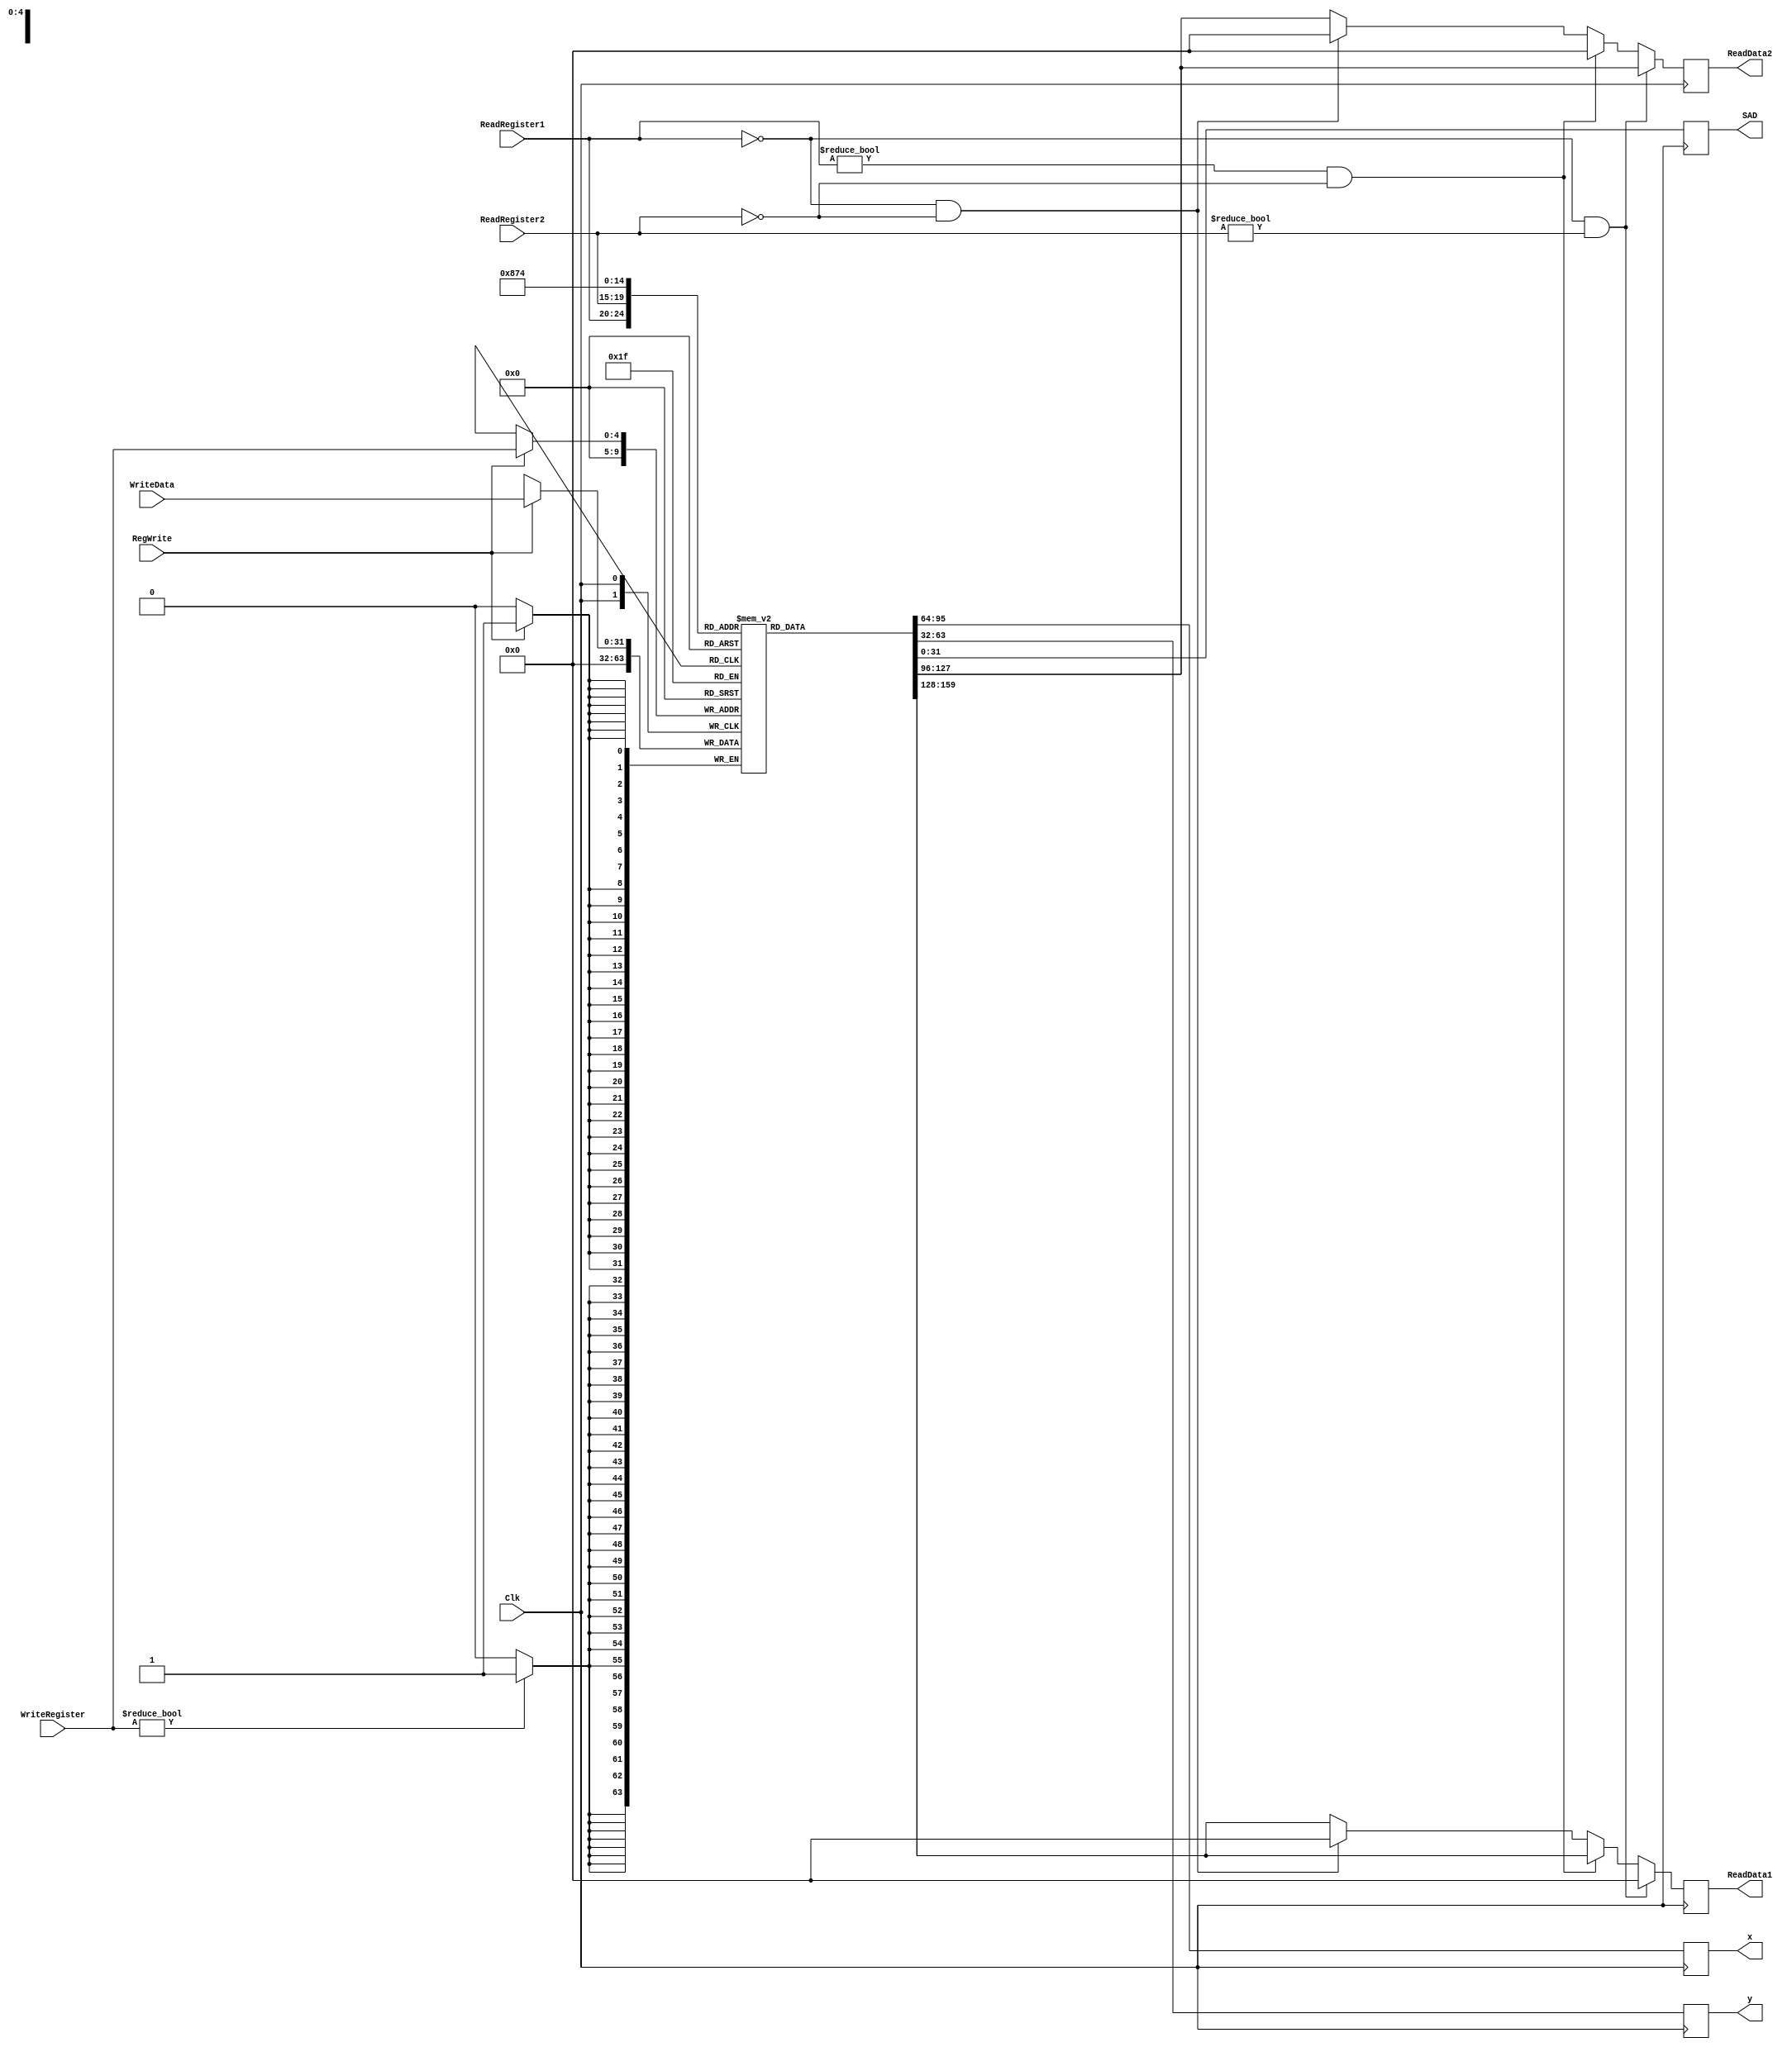
`timescale 1ns / 1ps

////////////////////////////////////////////////////////////////////////////////
// ECE369 - Computer Architecture
// 
//
//
// Student(s) Name and Last Name: Carlos Perez, Ramos Jiuru Chen
//
//
// Module - register_file.v
// Description - Implements a register file with 32 32-Bit wide registers.
//
// 
// INPUTS:-
// ReadRegister1: 5-Bit address to select a register to be read through 32-Bit 
//                output port 'ReadRegister1'.
// ReadRegister2: 5-Bit address to select a register to be read through 32-Bit 
//                output port 'ReadRegister2'.
// WriteRegister: 5-Bit address to select a register to be written through 32-Bit
//                input port 'WriteRegister'.
// WriteData: 32-Bit write input port.
// RegWrite: 1-Bit control input signal.
//
// OUTPUTS:-
// ReadData1: 32-Bit registered output. 
// ReadData2: 32-Bit registered output. 
//
// FUNCTIONALITY:-
// 'ReadRegister1' and 'ReadRegister2' are two 5-bit addresses to read two 
// registers simultaneously. The two 32-bit data sets are available on ports 
// 'ReadData1' and 'ReadData2', respectively. 'ReadData1' and 'ReadData2' are 
// registered outputs (output of register file is written into these registers 
// at the falling edge of the clock). You can view it as if outputs of registers
// specified by ReadRegister1 and ReadRegister2 are written into output 
// registers ReadData1 and ReadData2 at the falling edge of the clock. 
//
// 'RegWrite' signal is high during the rising edge of the clock if the input 
// data is to be written into the register file. The contents of the register 
// specified by address 'WriteRegister' in the register file are modified at the 
// rising edge of the clock if 'RegWrite' signal is high. The D-flip flops in 
// the register file are positive-edge (rising-edge) triggered. (You have to use 
// this information to generate the write-clock properly.) 
//
// NOTE:-
// We will design the register file such that the contents of registers do not 
// change for a pre-specified time before the falling edge of the clock arrives 
// to allow for data multiplexing and setup time.
////////////////////////////////////////////////////////////////////////////////

module RegisterFile(ReadRegister1, ReadRegister2, WriteRegister, WriteData, RegWrite, Clk, ReadData1, ReadData2, x, y, SAD);
    (* mark_debug = "true" *) output reg [31:0] x;
    (* mark_debug = "true" *) output reg [31:0] y;
    (* mark_debug = "true" *) output reg [31:0] SAD;
    
    input Clk;
    input [4:0] ReadRegister1;
    input [4:0] ReadRegister2;
    input [4:0] WriteRegister;
    input [31:0] WriteData;
    input RegWrite;
    
    output reg [31:0] ReadData1;
    output reg [31:0] ReadData2;
    
    reg [31:0] registerFile [0:31];
	
	integer i;
	initial begin
		for (i = 0; i < 32; i = i + 1) begin
			registerFile[i] = 32'h00000000;
		end
		registerFile[29] = 5000; // initialize stack pointer
	end
	
	// Write to register file on clock posedge
	always @(posedge Clk) begin
	   if (RegWrite == 1) begin
	       registerFile[WriteRegister] <= WriteData;
	   end
	   if (WriteRegister != 5'b00000) begin
	       registerFile[0] <= 32'h00000000; // reset $zero on next posedge after being written
	   end
	end
	// Write the output of the register file into into ReadData's at falling clock edge
	always @(negedge Clk) begin
	   if (ReadRegister1 == 0 && ReadRegister2 != 0) begin
	       ReadData1 <= 0;
	       ReadData2 <= registerFile[ReadRegister2];
	   end
	   else if (ReadRegister1 != 0 && ReadRegister2 == 0) begin
	      ReadData1 <= registerFile[ReadRegister1];
	      ReadData2 <= 0; 
	   end
	   else if (ReadRegister1 == 0 && ReadRegister2 == 0) begin
	      ReadData1 <= 0;
	      ReadData2 <= 0; 
	   end
	   else begin
		  ReadData1 <= registerFile[ReadRegister1];
		  ReadData2 <= registerFile[ReadRegister2];
	   end
       x <= registerFile[2];
	   y <= registerFile[3];
	   SAD <= registerFile[20];
	end

endmodule